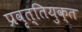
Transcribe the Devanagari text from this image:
प्रवृत्तियुक्त